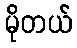
မိုတယ်